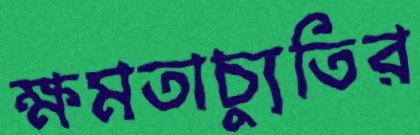
ক্ষমতাচ্যুতির